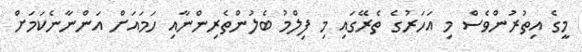
މީގެ އިތުރުންވެސް މި އަހަރުގެ ތެރޭގައި މި ފިލްމު ބެލުންތެރިންނާއި ހަމައަށް އަންނާނެކަމަށް